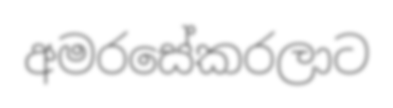
අමරසේකරලාට